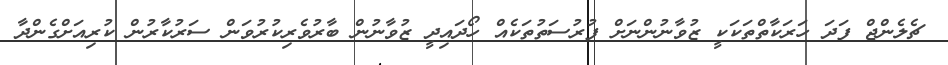
ޗެލެންޖް ފަދަ ހަރަކާތްތަކަކީ ޒުވާނުންނަށް ފުރުސަތުތަކެއް ހޯދައިދީ ޒުވާނުން ބާރުވެރިކުރުވަން ސަރުކާރުން ކުރިއަށްގެންދާ